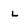
Character: L